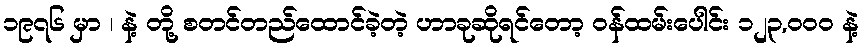
၁၉၇၆ မှာ ၊ နဲ့ တို့ စတင်တည်ထောင်ခဲ့တဲ့ ဟာခုဆိုရင်တော့ ဝန်ထမ်းပေါင်း ၁၂၃,၀၀၀ နဲ့